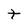
Character: t